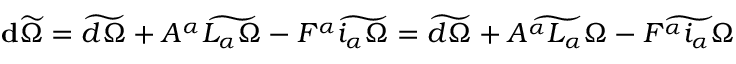
\mathbf { d } \widetilde \Omega = \widetilde { d \Omega } + A ^ { \alpha } \widetilde { L _ { \alpha } \Omega } - F ^ { \alpha } \widetilde { i _ { \alpha } \Omega } = \widetilde { d \Omega } + \widetilde { A ^ { \alpha } L _ { \alpha } \Omega } - \widetilde { F ^ { \alpha } i _ { \alpha } \Omega }